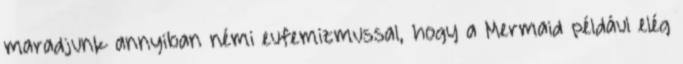
maradjunk annyiban némi eufemizmussal, hogy a Mermaid például elég